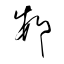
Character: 邨